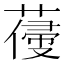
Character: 𦺭